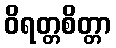
ဝိရတ္တစိတ္တာ